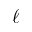
\ell